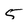
Character: 5